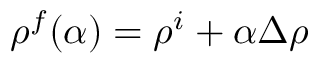
\rho ^ { f } ( \alpha ) = \rho ^ { i } + \alpha \Delta \rho